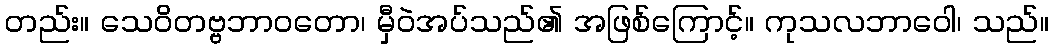
တည်း။ သေဝိတဗ္ဗဘာဝတော၊ မှီဝဲအပ်သည်၏ အဖြစ်ကြောင့်။ ကုသလဘာဝေါ၊ သည်။